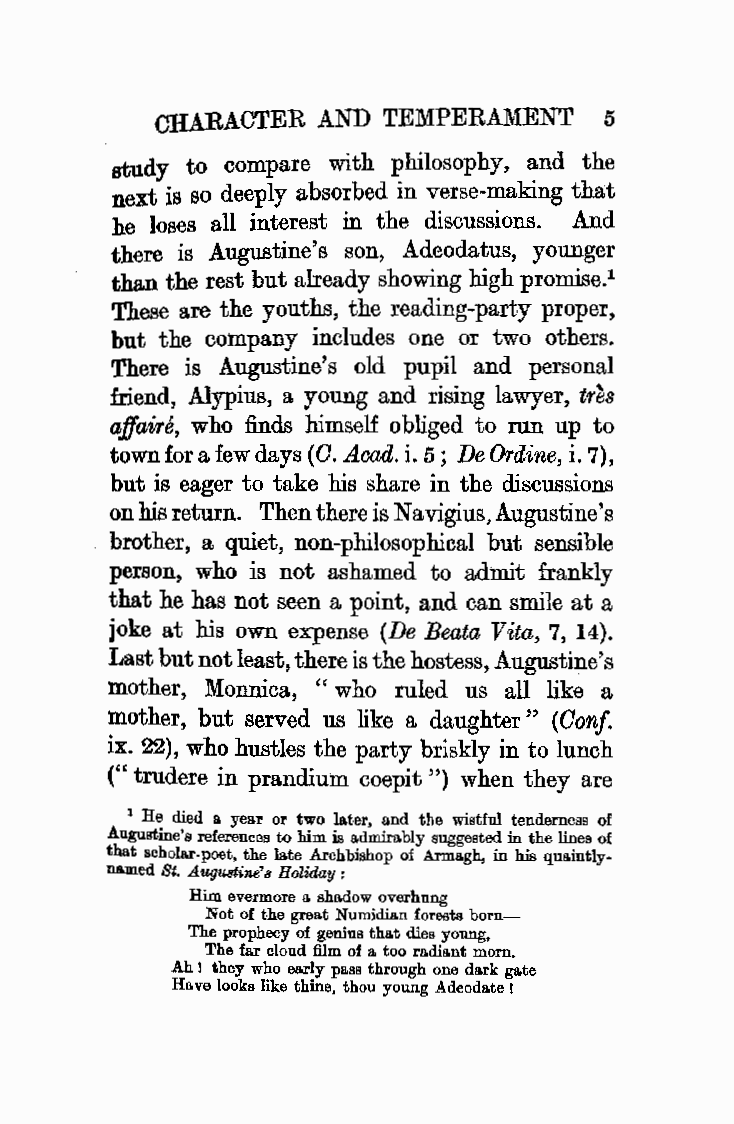
CHARACTER  AND TEMPERAMENT    5
 study to compare with philosophy, and the
 next is so deeply absorbed in verse-making that
 he loses all interest in the discussions. And
 there is Augustine's son, Adeodatus, younger
 than the rest but already showing high promise.1
 These are the youths, the reading-party proper,
 but the company includes one or two others.
 There is Augustine's old pupil and personal
 friend, Alypius, a young and rising lawyer, tr~s
 affaire, who finds himself obliged to run up to
 town for a few days (0. Acad. i. 5; De Ordine, i. 7),
 but is eager to take his share in the discussions
 on his return. Then there is Navigius, Augustine's
 brother, a quiet, non-philosophical but sensible
 person, who is not ashamed to admit frankly
 that he has not seen a point, and can smile at a
 joke at his own expense (De Beata Vita, 7, 14).
 Last but not least, there is the hostess, Augustine's
 mother, Monnica, " who ruled us all like a
 mother, but served us like a daughter" (Oonf.
 ix. 22), who hustles the party briskly in to lunch
 (" trudere in prandium coepit ") when they are
 1 He died a year or two later, and the wistful tenderness of
 Augustine's references to him is admirably suggested in the lines of
 that scholar-poet, the late Archbishop of Armagh, in his quaintly
 n&med St. Augustine's Holiday:
 Him evermore a shadow overhung
 Not of the great Numidian forests born
 The prophecy of genius that dies young,
 The far cloud film of a too radiant morn.
 Ah ! they who early pass through one dark gate
 Have looks like thine, thou young Adeodate I